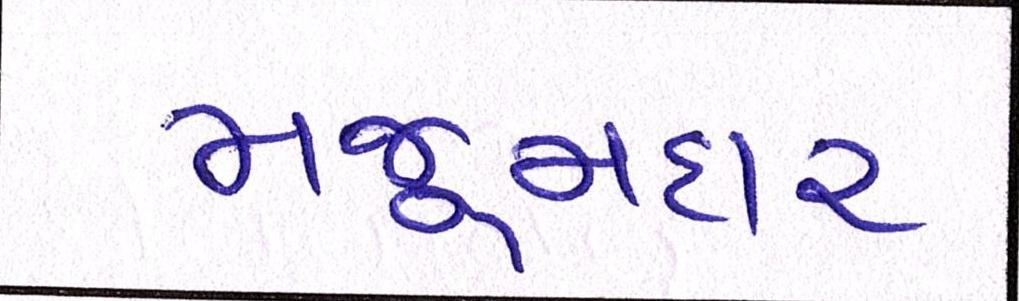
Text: મજૂમદાર